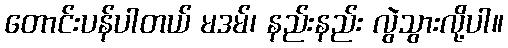
တောင်းပန်ပါတယ် မဒမ်၊ နည်းနည်း လွဲသွားလို့ပါ။